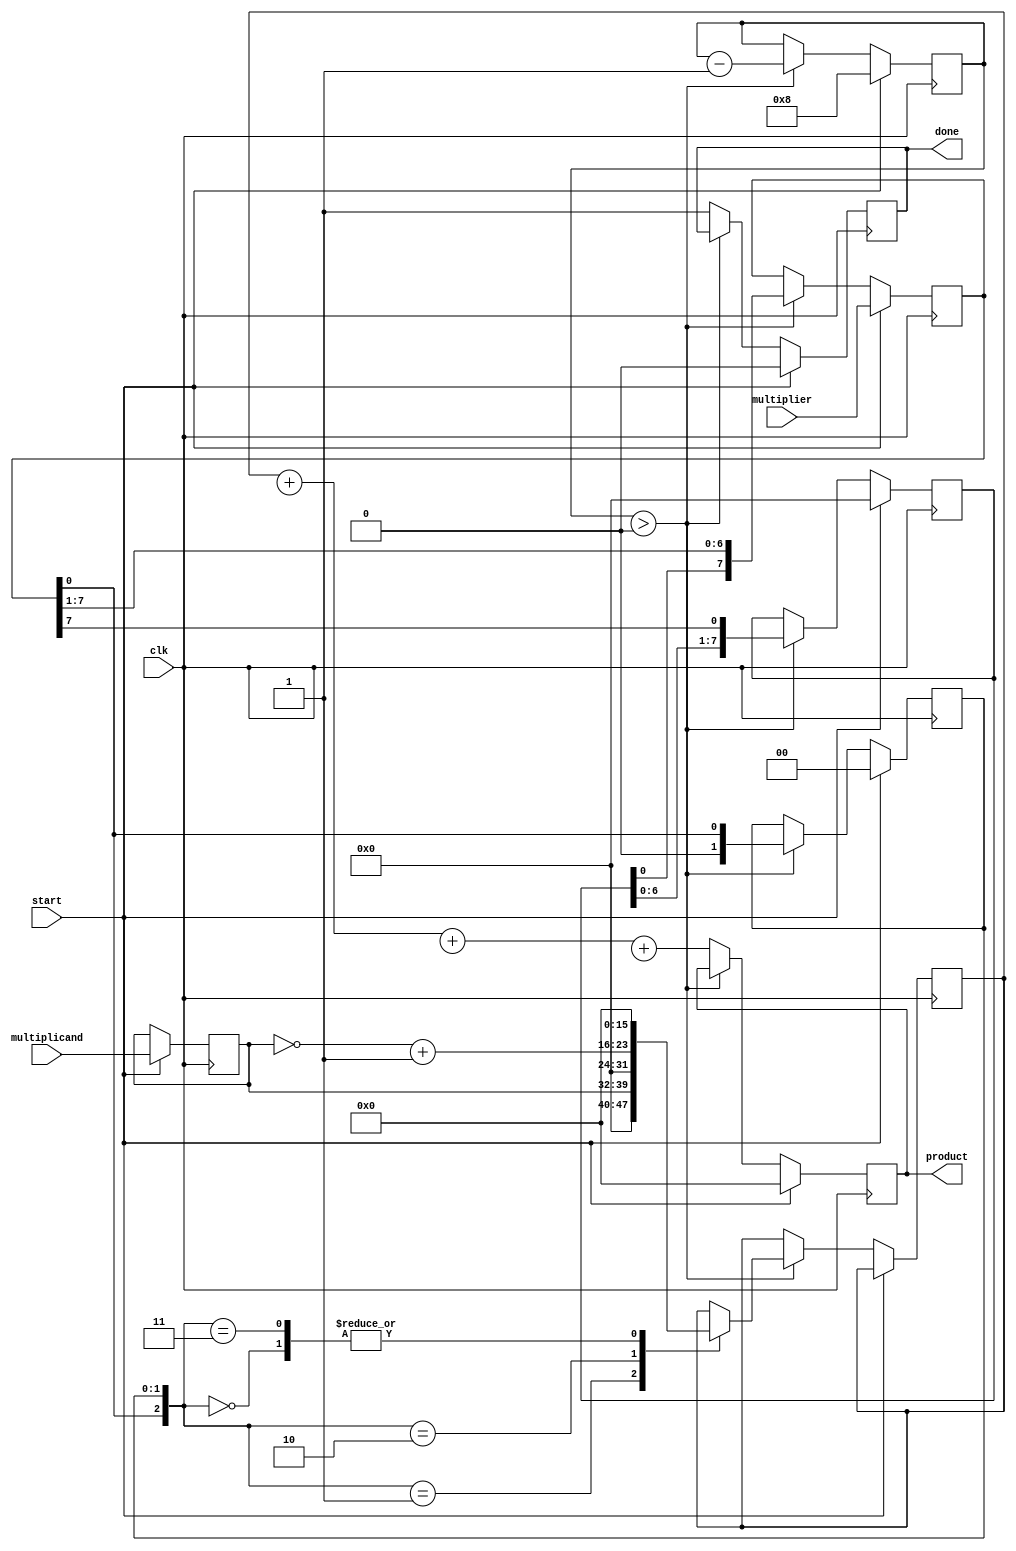
module radix4_multiplier (
    input wire [7:0] multiplicand,  // 8-bit multiplicand
    input wire [7:0] multiplier,     // 8-bit multiplier
    input wire clk,                  // Clock signal
    input wire start,                // Start signal
    output reg [15:0] product,       // 16-bit product
    output reg done                  // Done signal
);

    reg [7:0] A, Q;                  // A: Accumulator, Q: Multiplier
    reg [7:0] M;                     // M: Multiplicand
    reg [3:0] count;                 // Count for iterations
    reg [1:0] Q_1;                   // Previous bit of Q for Booth encoding
    reg [15:0] partial_products[0:3]; // Partial products array

    // Booth encoding and partial product generation
    always @(posedge clk) begin
        if (start) begin
            // Initialization
            A <= 8'b0;
            Q <= multiplier;
            M <= multiplicand;
            Q_1 <= 2'b0;
            count <= 8; // Number of bits in multiplier
            product <= 16'b0;
            done <= 0;
        end else if (count > 0) begin
            // Booth encoding logic
            case ({Q[0], Q_1})
                2'b00: begin
                    // Do nothing
                    partial_products[0] <= 16'b0;
                end
                2'b01: begin
                    // Add M
                    partial_products[0] <= {8'b0, M};
                end
                2'b10: begin
                    // Subtract M
                    partial_products[0] <= {8'b0, ~M + 1'b1}; // Two's complement
                end
                2'b11: begin
                    // Do nothing
                    partial_products[0] <= 16'b0;
                end
            endcase
            
            // Shift right (Arithmetic shift)
            A <= {A[7:0], Q[7]}; // Shift A and Q
            Q <= {A[0], Q[7:1]};
            Q_1 <= Q[0];
            count <= count - 1;
        end else begin
            // Final addition of partial products
            product <= partial_products[0] + partial_products[1] + partial_products[2] + partial_products[3];
            done <= 1; // Indicate completion
        end
    end

endmodule